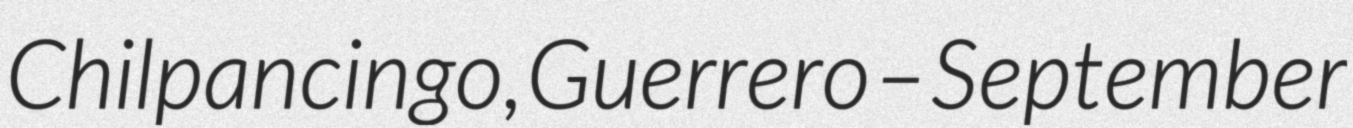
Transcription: Chilpancingo, Guerrero – September